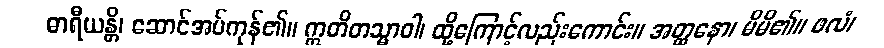
ဓာရီယန္တိ၊ ဆောင်အပ်ကုန်၏။ ဣတိတသ္မာဝါ၊ ထို့ကြောင့်လည်းကောင်း။ အတ္ထနော၊ မိမိ၏။ ဖလံ၊